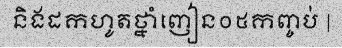
និងដកហូតថ្នាំញៀន០៥កញ្ចប់ |